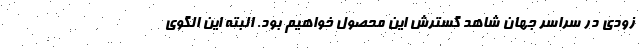
زودی در سراسر جهان شاهد گسترش این محصول خواهیم بود. البته این الگوی